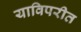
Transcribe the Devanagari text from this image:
याविपरीत